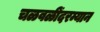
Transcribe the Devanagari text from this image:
चळवळींदरम्यान